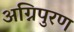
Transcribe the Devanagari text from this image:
अग्निपुरण